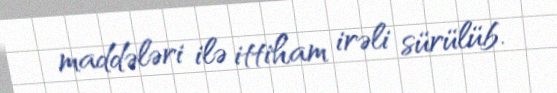
maddələri ilə ittiham irəli sürülüb.